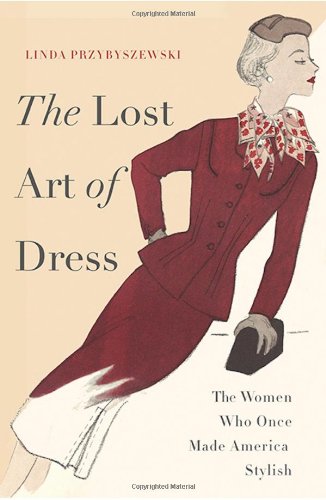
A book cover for The Lost Art of Dress: The Women Who Once Made America Stylish; Linda Przybyszewski; Arts & Photography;